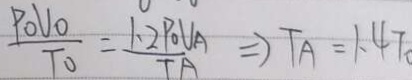
\frac { P o U o } { T o } = \frac { 1 . 2 P o U A } { T A } = ) T A = 1 . 4 7